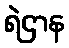
ရဲဌာန